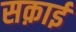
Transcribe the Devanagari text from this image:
सक़ाई